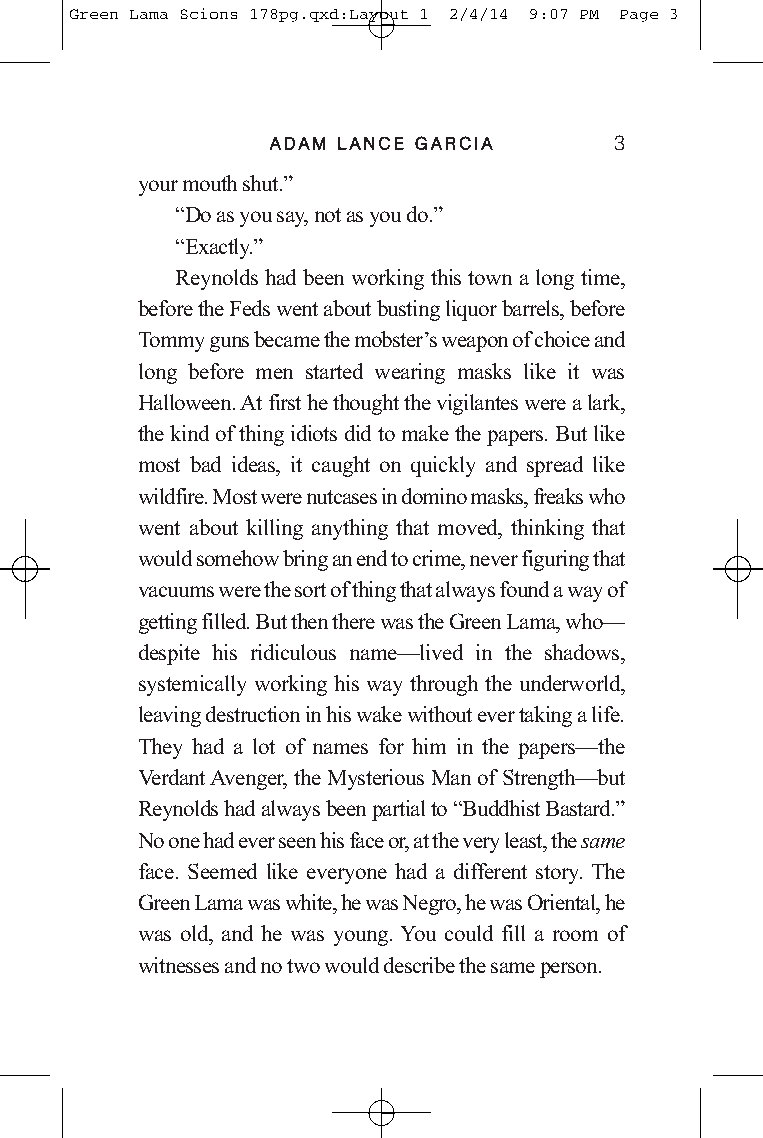
Green Lama Scions 178pg.qxd:Layout 1 2/4/14 9:07 PM Page 3
 AADDAAMM LLAANNCCEE GGAARRCCIIAA 3
 your mouth shut.”
 “Do as you say, not as you do.”
 “Exactly.”
 Reynolds had been working this town a long time,
 before the Feds went about busting liquor barrels, before
 Tommy guns became the mobster’s weapon of choice and
 long before men started wearing masks like it was
 Halloween. At first he thought the vigilantes were a lark,
 the kind of thing idiots did to make the papers. But like
 most bad ideas, it caught on quickly and spread like
 wildfire. Most were nutcases in domino masks, freaks who
 went about killing anything that moved, thinking that
 would somehow bringan end to crime, never figuring that
 vacuums were the sort of thing that always found a way of
 getting filled. But then there was the Green Lama, who—
 despite his ridiculous name—lived in the shadows,
 systemically working his way through the underworld,
 leaving destruction in his wake without ever taking a life.
 They had a lot of names for him in the papers—the
 Verdant Avenger, the Mysterious Man of Strength—but
 Reynolds had always been partial to “Buddhist Bastard.”
 No one had ever seen his face or,at the very least, the same
 face. Seemed like everyone had a different story. The
 Green Lama was white, he was Negro, he was Oriental, he
 was old, and he was young. You could fill a room of
 witnesses and no two would describe the same person.